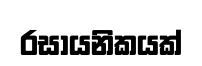
රසායනිකයක්